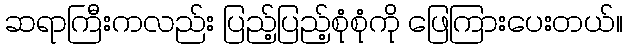
ဆရာကြီးကလည်း ပြည့်ပြည့်စုံစုံကို ဖြေကြားပေးတယ်။